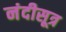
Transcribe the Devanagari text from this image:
नंदीसूत्र